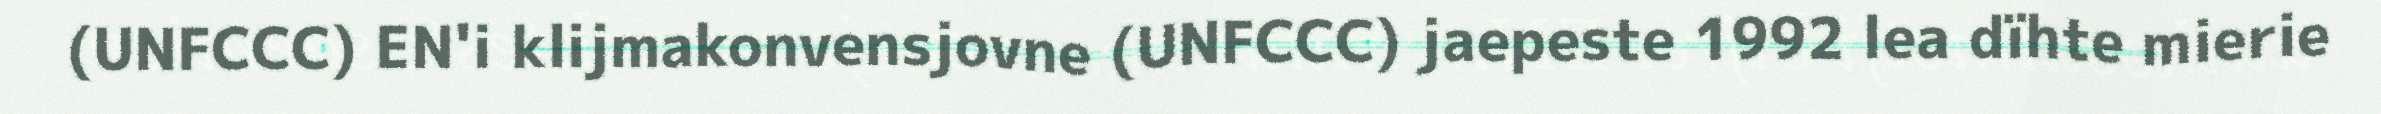
(UNFCCC) EN'i klijmakonvensjovne (UNFCCC) jaepeste 1992 lea dïhte mierie